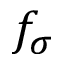
f _ { \sigma }